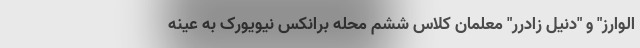
الوارز" و "دنیل زادرر" معلمان کلاس ششم محله برانکس نیویورک به عینه